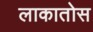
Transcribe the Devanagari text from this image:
लाकातोस